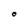
Character: O